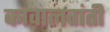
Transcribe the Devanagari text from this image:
कावालवांती